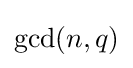
{\rm {gcd}}(n,q)